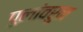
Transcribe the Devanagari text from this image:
पुलांवरुन